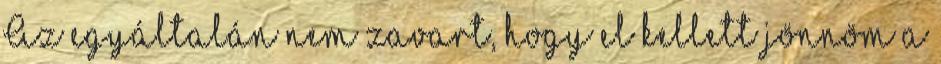
Az egyáltalán nem zavart, hogy el kellett jönnöm a